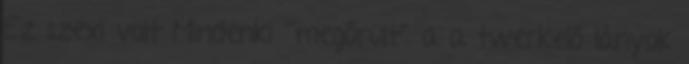
Ez szexi volt Mindenki ˝megőrült˝ a a twerkelő lányok